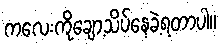
ကလေးကိုချော့သိပ်နေခဲ့ရတာပါ။